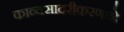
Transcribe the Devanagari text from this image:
काव्यसादरीकरणाने